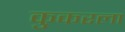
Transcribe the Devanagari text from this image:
कुकरला